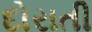
દોરાતી